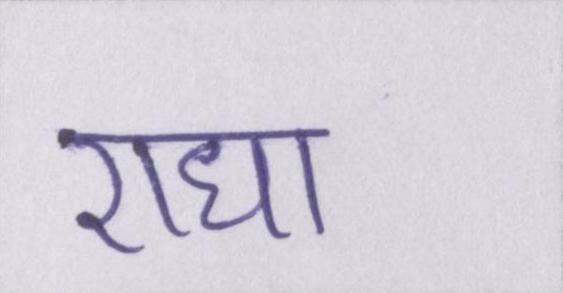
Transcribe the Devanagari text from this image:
राधा